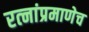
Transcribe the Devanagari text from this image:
रत्‍नांप्रमाणेच